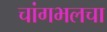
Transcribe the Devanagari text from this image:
चांगभलचा